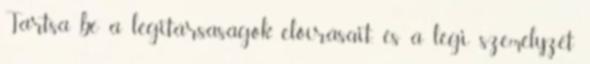
Tartsa be a légitársaságok előírásait, és a légi személyzet